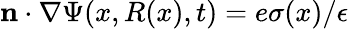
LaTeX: \mathbf{n}\cdot\nabla\Psi(x,R(x),t)=e\sigma(x)/\epsilon